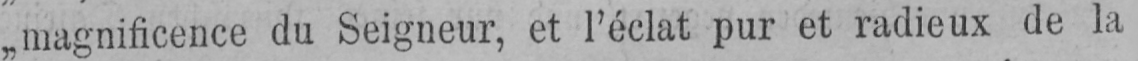
„magnificence du Seigneur, et l’éclat pur et radieux de la